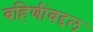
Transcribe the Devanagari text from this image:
बहिणींबद्दल